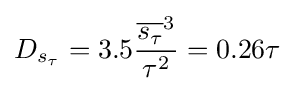
D_{s_{\tau }}=3.5{\frac {{\overline {s_{\tau }}}^{3}}{\tau ^{2}}}=0.26\tau